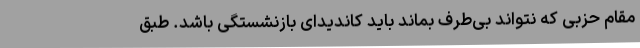
مقام حزبی که نتواند بی‌طرف بماند باید کاندیدای بازنشستگی باشد. طبق